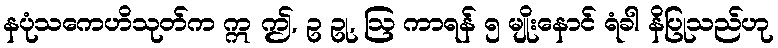
နပုံသကေဟိသုတ်က ဣ ဤ, ဥ ဥု, ဩ ကာရန် ၅ မျိုးနောင် ရံခါ နိပြုသည်ဟု